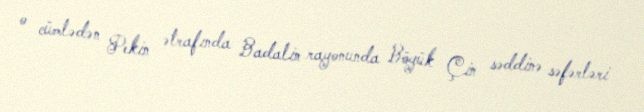
o cümlədən Pekin ətrafında Badalin rayonunda Böyük Çin səddinə səfərləri